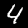
Label: 4